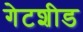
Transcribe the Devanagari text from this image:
गेटशीड